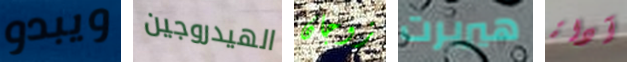
ويبدو الهيدروجين زوجان هيربرت آداة